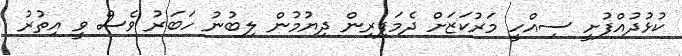
ކުޅުދުއްފުށީ ސިއްހީ މަރުކަޒަށް ދެމަފިރިން ދިޔުމުން ލިބުނު ހަބަރު ވެސް ވީ އިތުރު